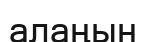
алаңын